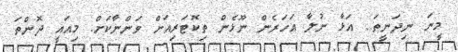
މީނަ ނިދަނީތަ.. އަޅާ ނުލާ އަހަރެން ނޫޅެން ތިކޮޓަރިއަށް ވަންނާކަށް. މިއައީ ދޮންތަ